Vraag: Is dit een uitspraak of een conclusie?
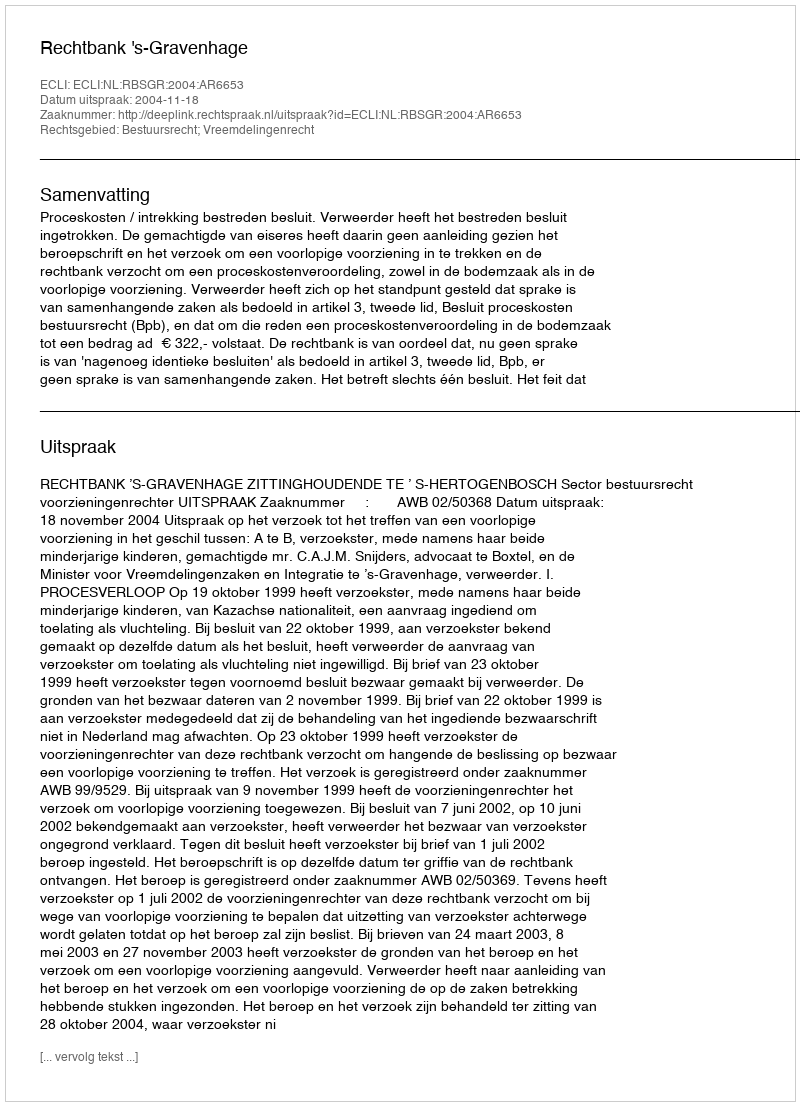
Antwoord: Uitspraak